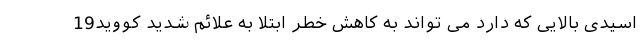
اسیدی بالایی که دارد می تواند به کاهش خطر ابتلا به علائم شدید کووید19